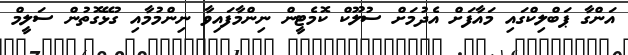
އަންގާ ޕަބްލިކްގައި މައާފަށް އެދުމަށް ސުލޫކް ކޮމެޓީން ނިންމާފައިވާ ނިންމުމާއި ގުޅޭގޮތުން ސަލީމް